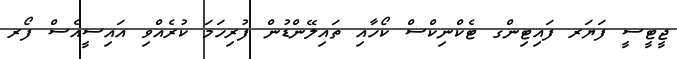
ޖީޓީސީ ފަޔަރ ފައިޓިންގ ޓެކްނިކްސް ކޯހާއި ތައިލޭންޑުން ފުރިހަމަ ކުރެއްވި އައިސީއެސް ފޯރ